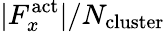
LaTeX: |F_{x}^{\mathrm{act}}|/N_{\mathrm{cluster}}